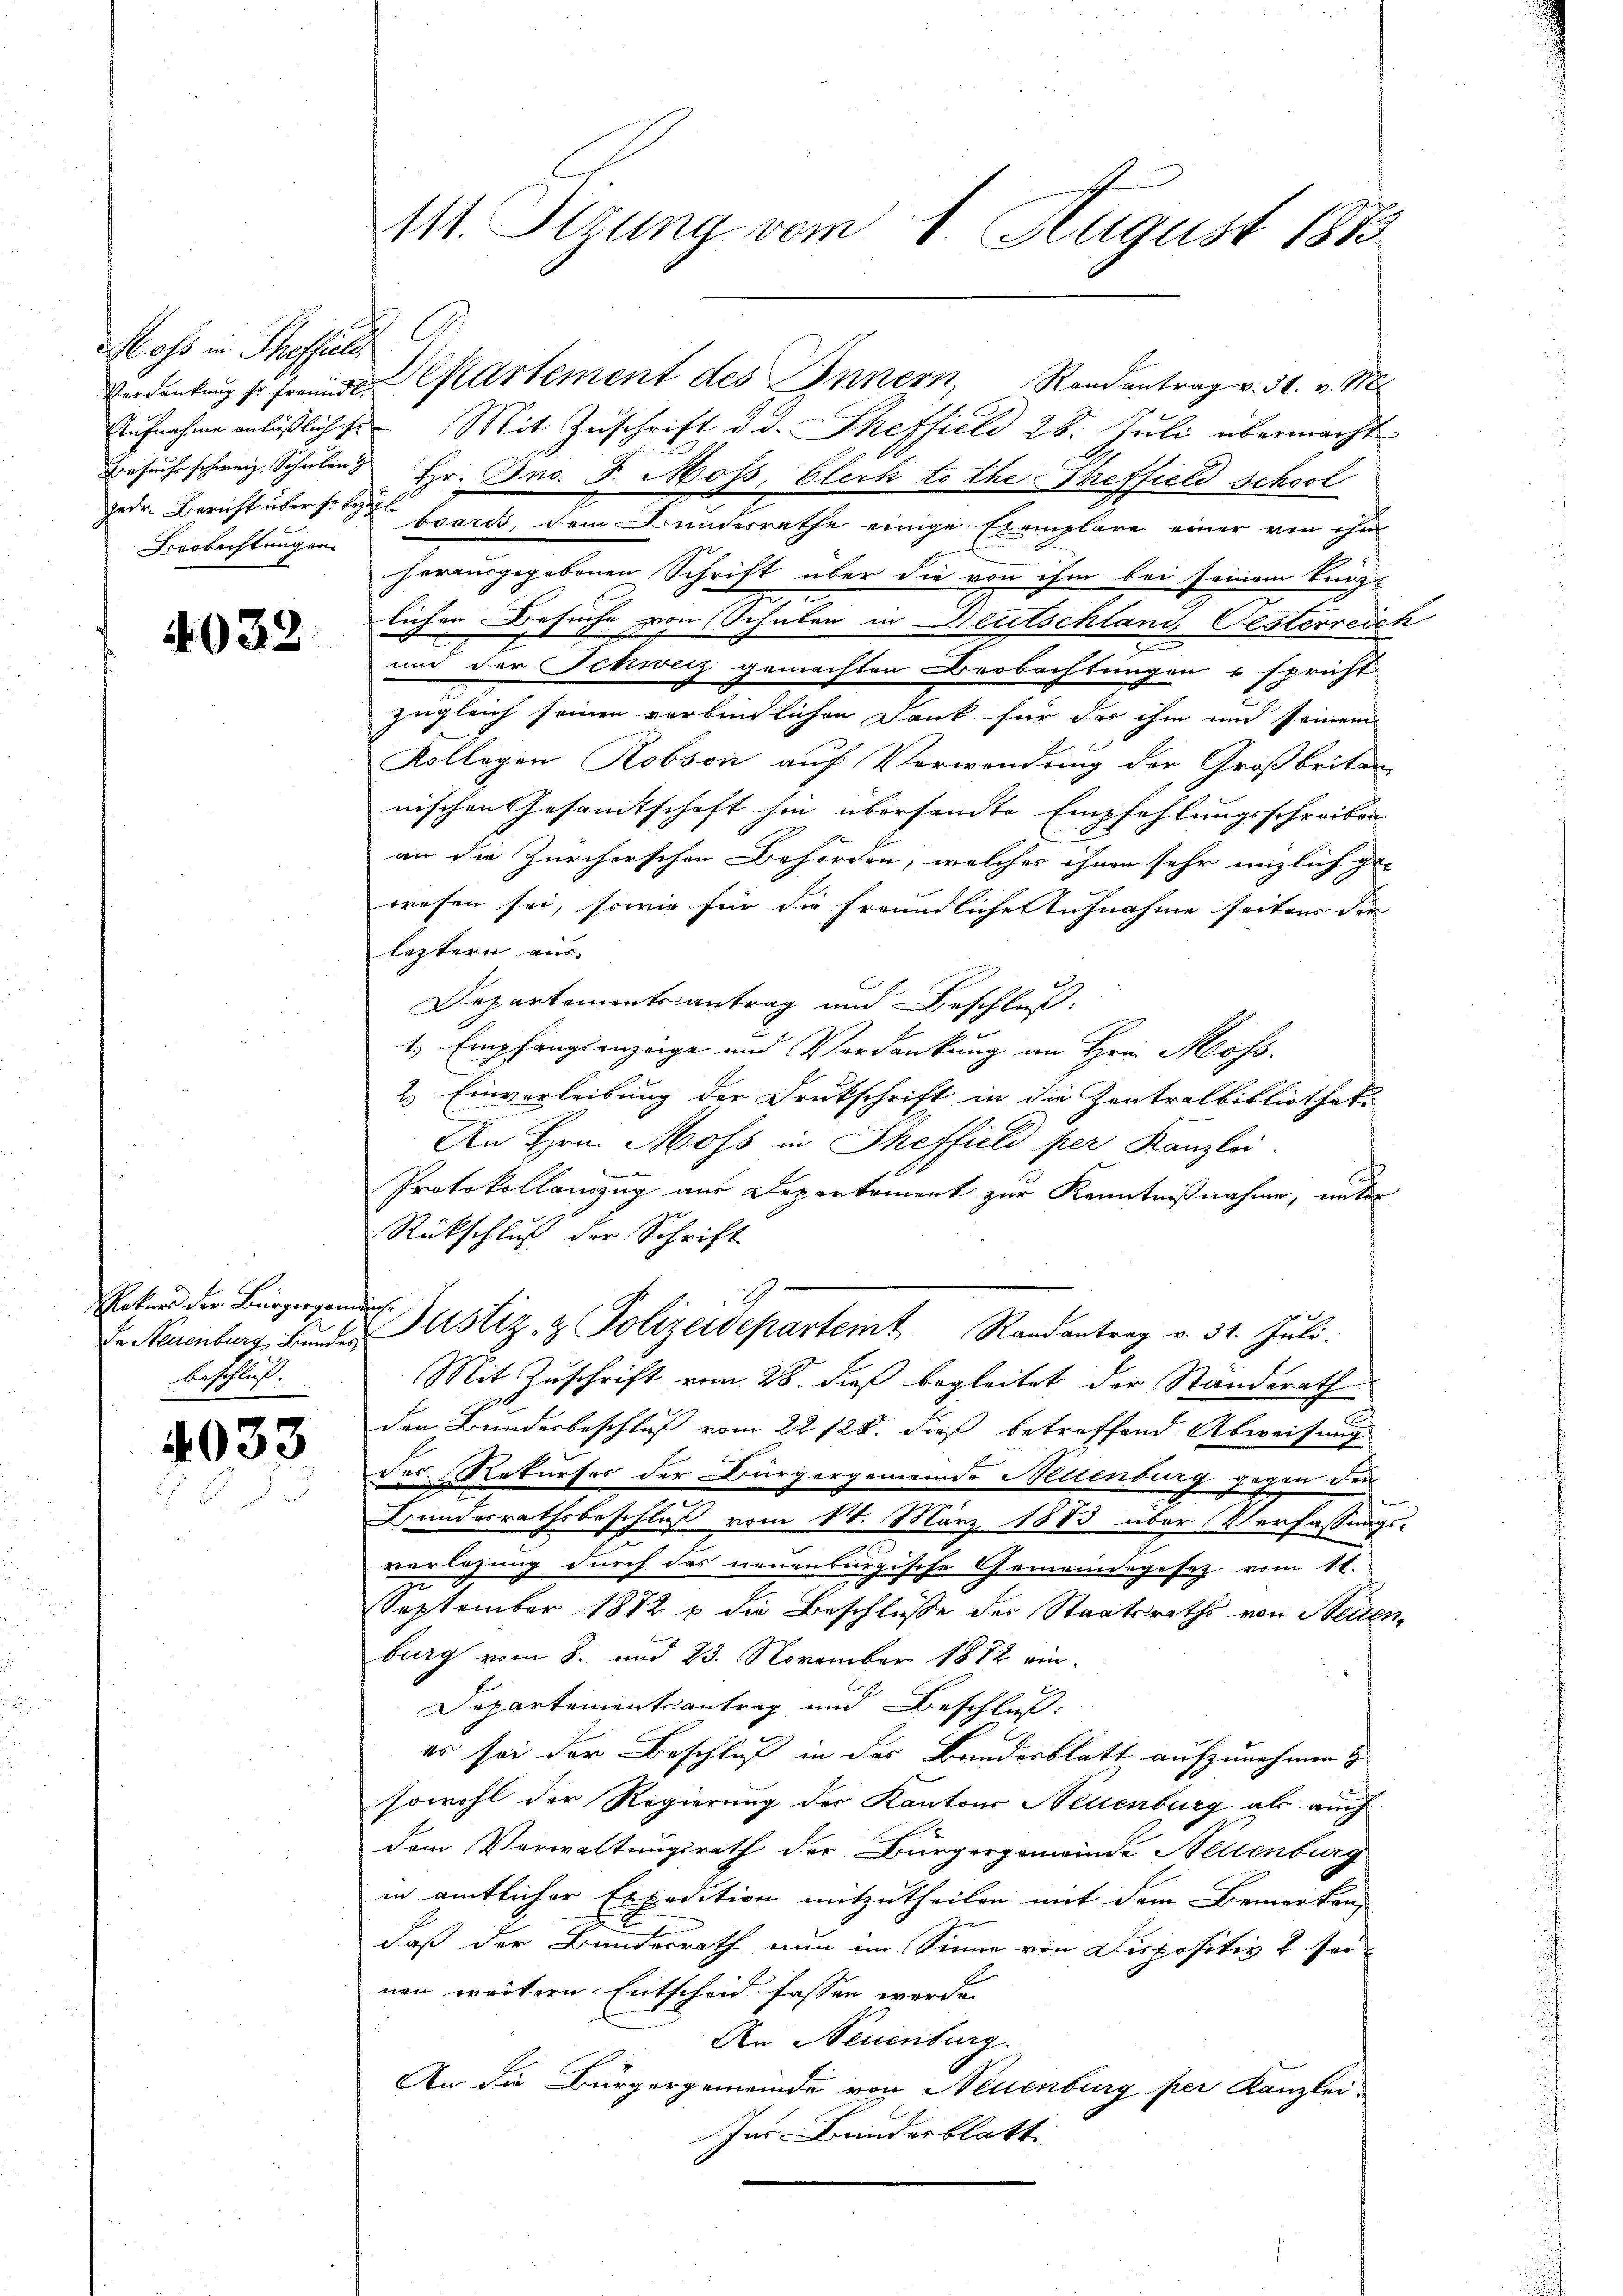
Moss in Theffiel.
jeder Bericht über se bezahl
Beobachtungen

4032

Enters der Bürgergenden.
beschluss.

4033

G.
Aufnahme anläßlichs Mit Zuschrift d. d. Theffield 28. Juli übermacht
Besuch schweiz. Schulen & Hr. Dno. F. Moss, blech to the Theffield schwol
board, dem Bundesrathe einige Exemplare einer von ihm
herausgegebenen Schrift über die von ihm bei seinem Burg-
lichen Besuche von Schulen in Deutschlang Oesterreich
und der Schweiz gemachten Beobachtungen u spricht
zugleich seinen verbindlichen Dank für das ihm und seinem
Kollegen Robson auf Verwendung der Großbritan
nischen Gesamtschaft hin übersandte Empfehlungsschreiben
an die Zürcherschen Behörden, welches ihnen sehr nützlich ge-
wesen sei, sowie für die Freundliche Aufnahme seitens der
leztern aus
Departementsantrag und Beschluß
t. Empfangsanzeige und Verdankung an Hrn. Moss.
2) Einverleibung der Drukschrift in die Zentralbibliotheke
An Hrn. Moss in Scheffield per Kanzlei.
Protokollanzug aus Departement zur Kenntnißnahme, unter
Rückschluß der Schrift
En Neuenburg Bŭnde Justiz- & Polizeidepartemt Randantrag v. 31. Juli.
Mit Zuschrift vom 28. dieß begleitet der Standerath
den Bundesbeschluß vom 22 128. dieß betreffend Abweisung
des Rekurses der Bürgergemeinde Neuenburg gegen den
Bundesrathsbeschluß vom 14. März 1883 über Verfassungs-
vorlesung durch das neuenburgische Gemeindegesez vom 11.
September 1872 & die Beschlüsse der Staatsraths von Seiten,
burg vom 8. und 23. November 1872 ein-
Departementsantrag und Beschluß:
es sei der Beschluß in der Bundesblatt aufzunehmen &
sowohl der Regierung des Kantons Neuenburg als auch
dem Verwaltungsrath der Bürgergemeinde Seltenburg
in amtlicher Expedition mitzutheilen mit dem Bemerken,
E
daß der Bundesrath nun im Sinne von Dispositiv & sornen weitern Entscheid fassen werden.
An Neuenburg.
An die Bürgergemeinde von Neuenburg per Kanzlei-
Ins Bundesblatt

111. Sitzung vom 1. August 1873

Verdankŭng so freunde Separtement des Innern Randantrag v. 31. v. M.